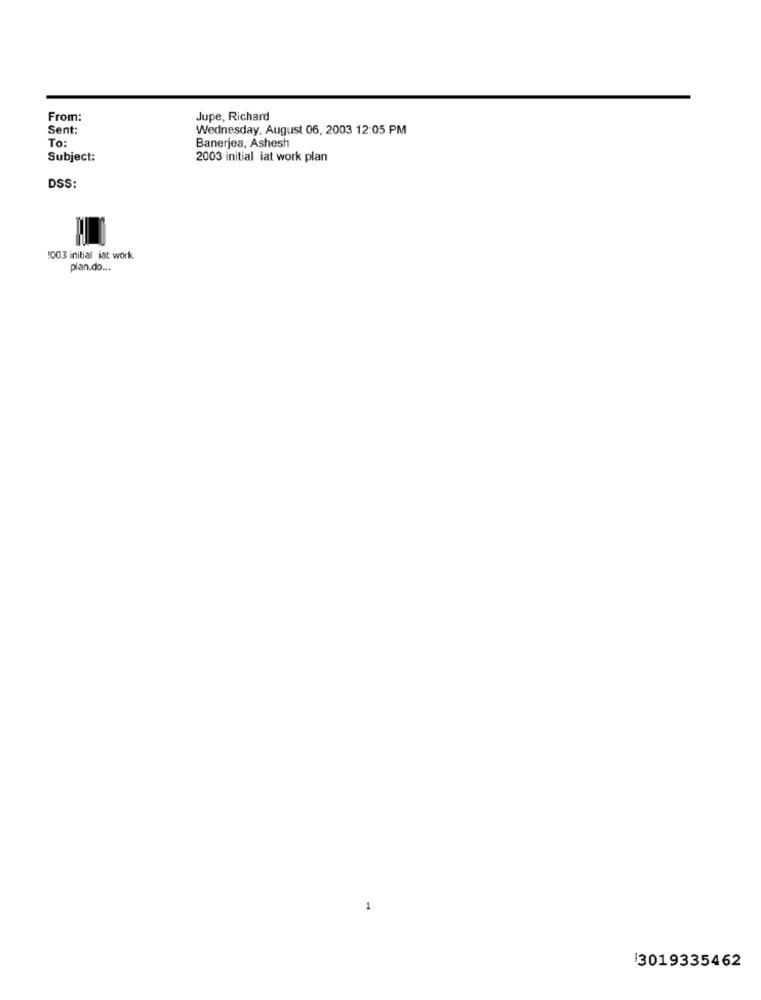
From:
Jupe, Richard
Sent:
Wednesday, August 06, 2003 12:05 PM
To:
Banerjea, Ashesh
Subject:
2003 initial iat work plan
DSS:
1003 initial iat work
plan.do ...
1
3019335462